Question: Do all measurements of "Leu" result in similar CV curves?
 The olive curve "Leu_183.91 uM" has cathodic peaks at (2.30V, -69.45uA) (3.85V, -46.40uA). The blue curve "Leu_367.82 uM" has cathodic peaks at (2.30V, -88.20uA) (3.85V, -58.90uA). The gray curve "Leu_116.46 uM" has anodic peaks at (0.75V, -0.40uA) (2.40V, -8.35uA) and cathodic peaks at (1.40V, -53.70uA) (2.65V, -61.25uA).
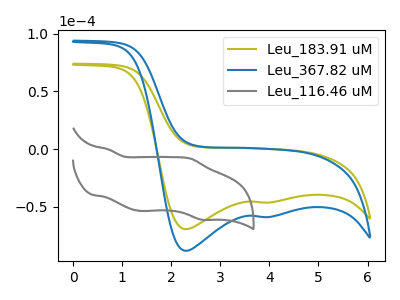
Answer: <think>All the peaks in "Leu_183.91 uM" have a peak in "Leu_367.82 uM" at the same potential. Every peak in "Leu_183.91 uM" is lower than every peak in "Leu_367.82 uM". "Leu_183.91 uM" and "Leu_116.46 uM" have a different number of peaks. "Leu_367.82 uM" and "Leu_116.46 uM" have a different number of peaks.
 </think>
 <answer>All the CV's of "Leu" have similar shape.</answer>
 <eval>follow_rule</eval>